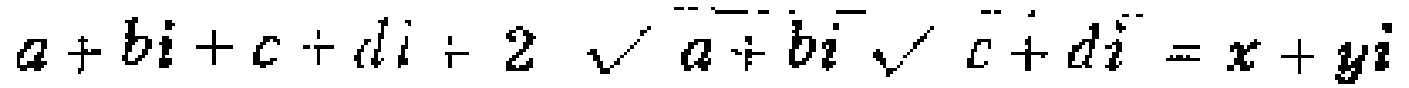
\(a + b i + c + d i+ 2\sqrt{a + b i}\sqrt{c + d i}=x + y i\)